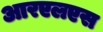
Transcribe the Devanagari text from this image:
आरएलएस